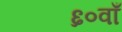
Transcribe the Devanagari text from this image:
६०वाँ